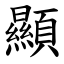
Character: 顯